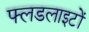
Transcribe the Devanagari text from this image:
फ्लडलाइटों